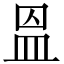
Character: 𥁕